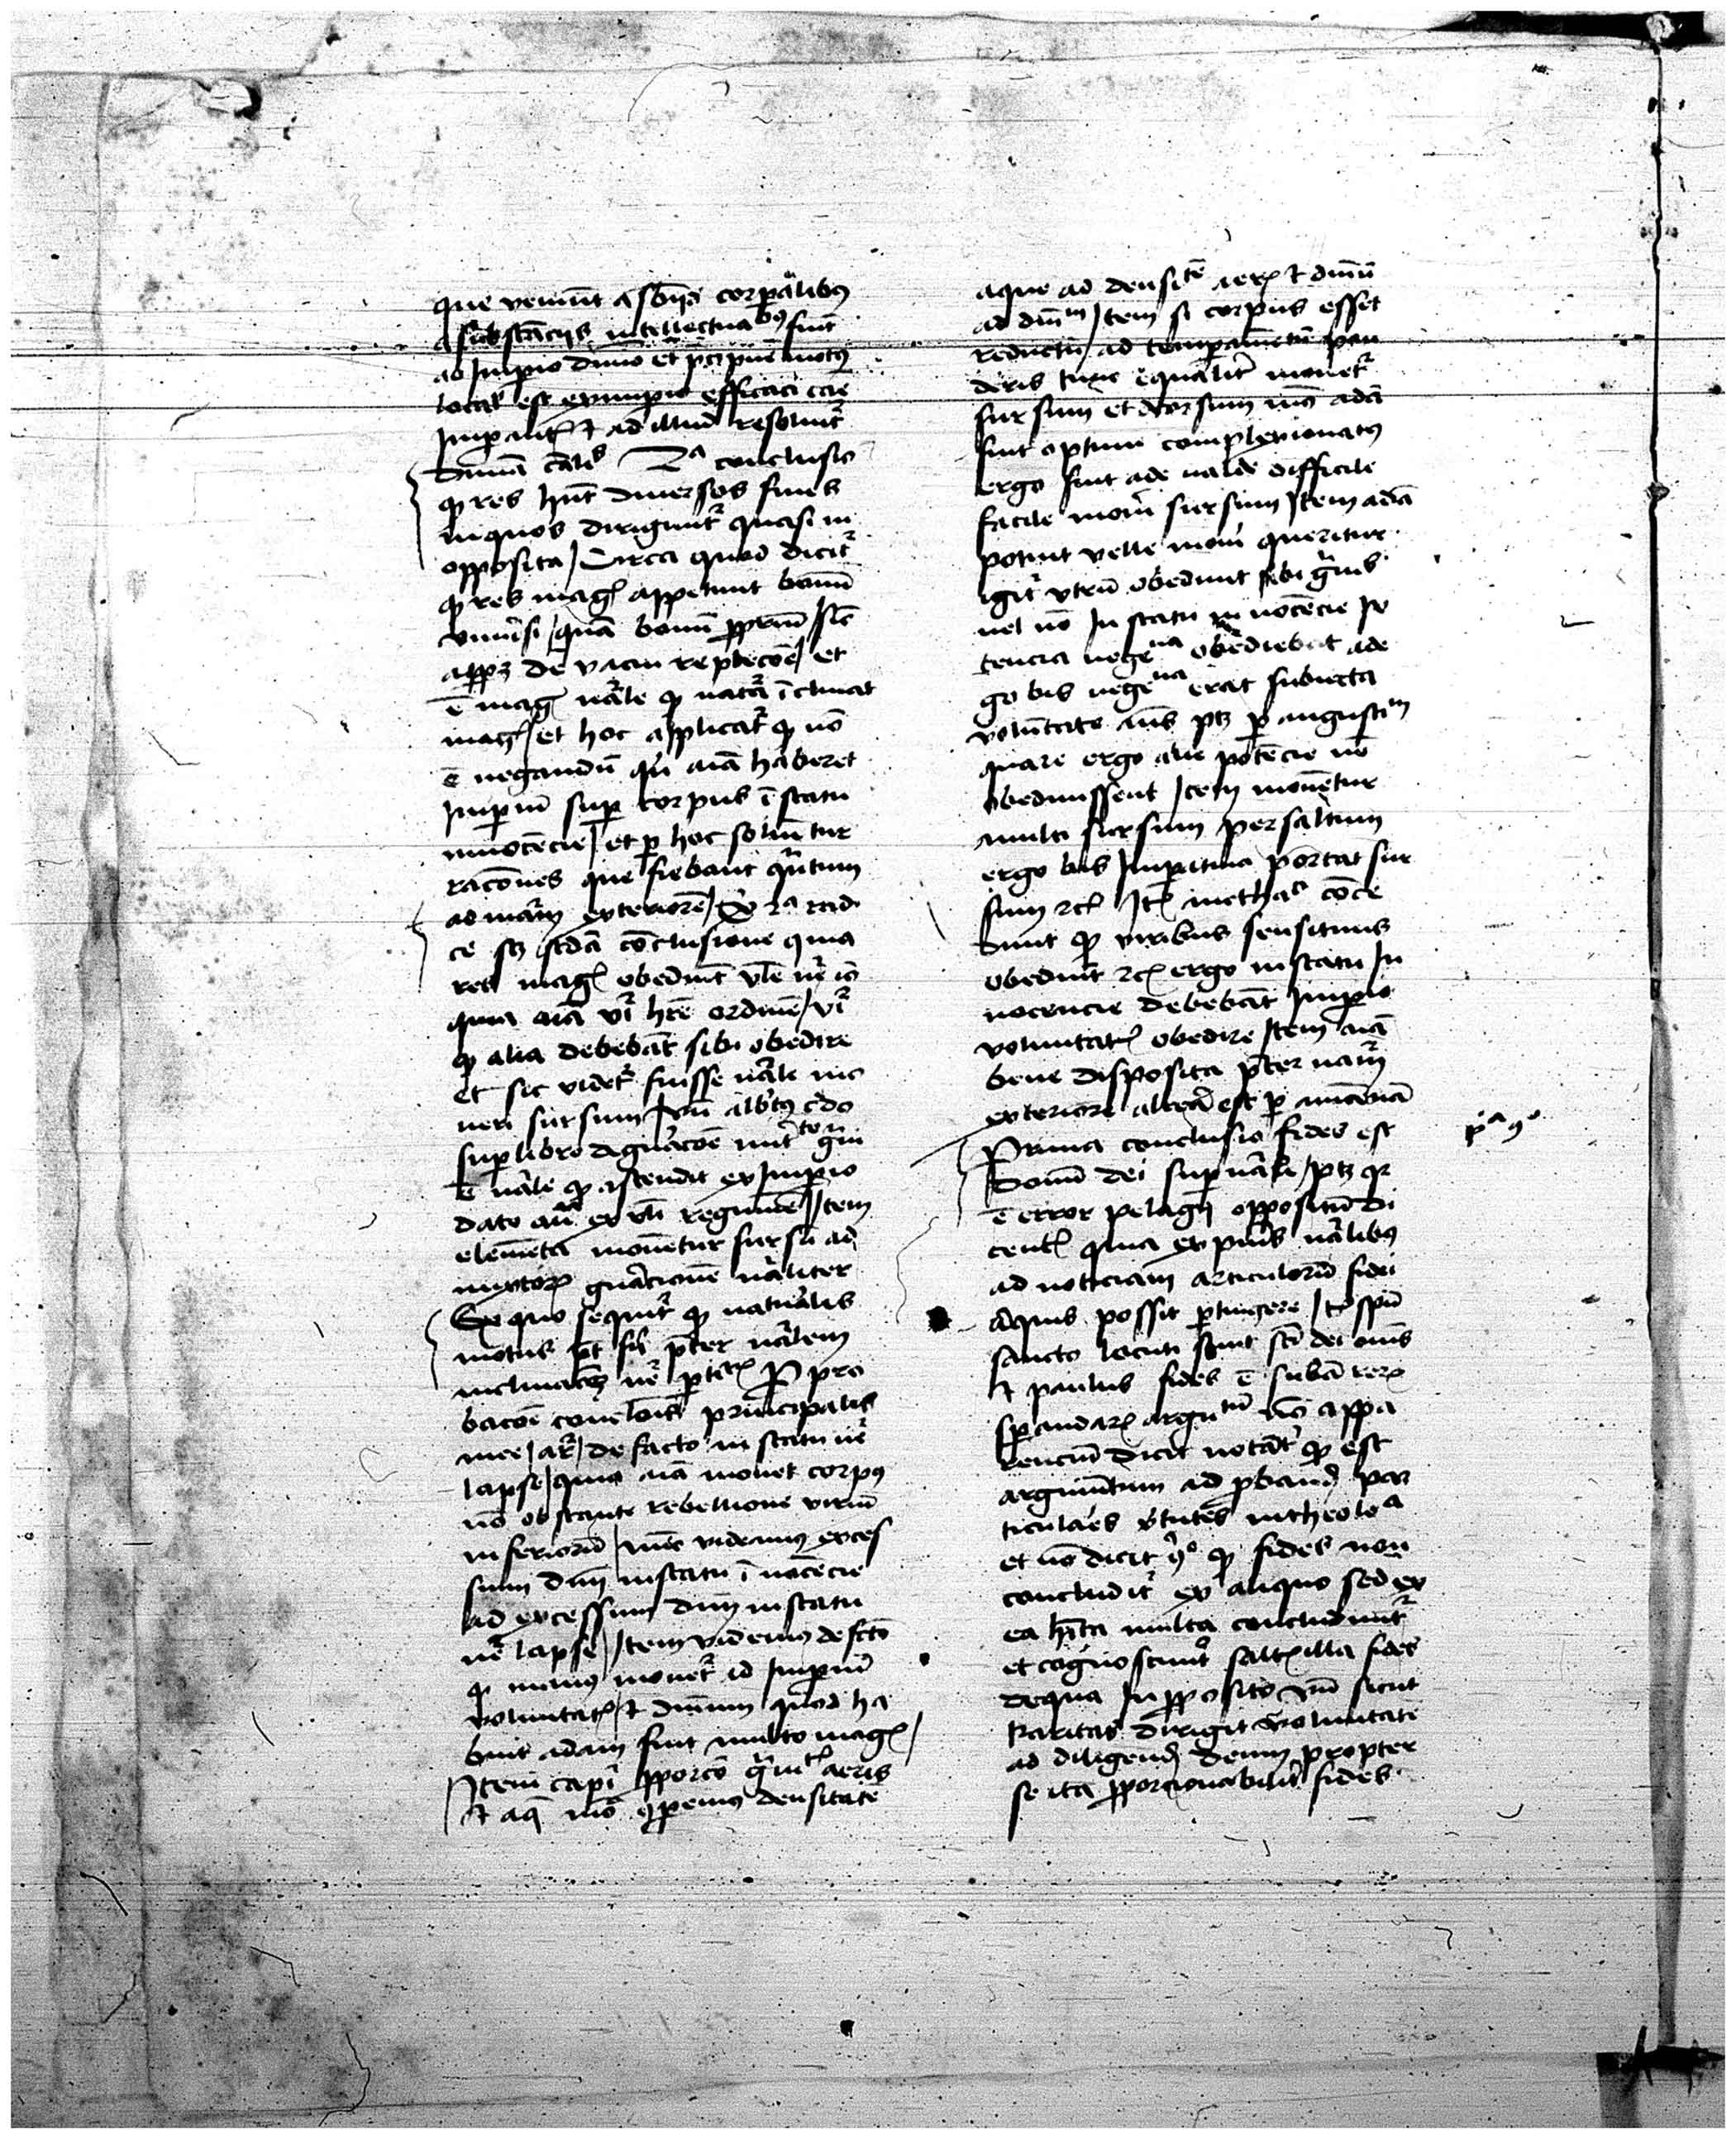
Shelfmark: Vatican, Biblioteca Apostolica Vaticana, Pal. Lat. 373
Century: 15